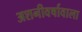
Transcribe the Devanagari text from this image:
अशनीवर्षावाला